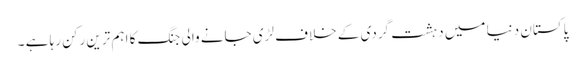
پاکستان دنیا میں دہشت گردی کے خلاف لڑی جانے والی جنگ کا اہم ترین رکن رہا ہے ۔